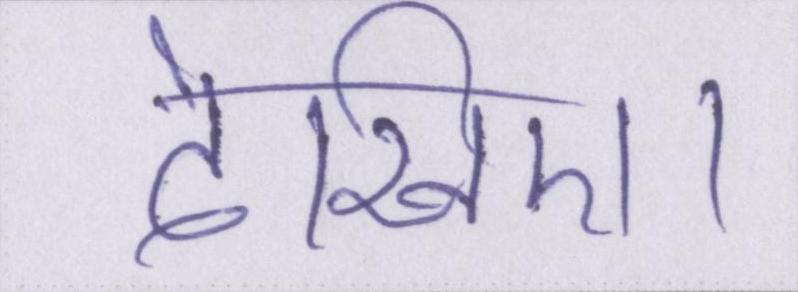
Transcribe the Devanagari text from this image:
देखिए।